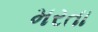
મરતા